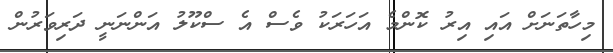
މިހާތަނަށް އައި އިރު ކޮންމެ އަހަރަކު ވެސް އެ ސްކޫލު އަންނަނީ ދަރިވަރުން